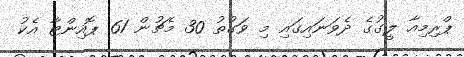
ޕްރިމިއާ ލީގުގެ ދެވަނައިގައި މި ވަގުތު 30 މެޗުން 61 ޕޮއިންޓާ އެކު